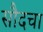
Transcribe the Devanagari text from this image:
सौदचा